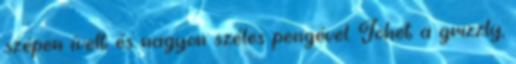
szépen ívelt és nagyon széles pengével. Jöhet a grizzly,